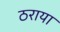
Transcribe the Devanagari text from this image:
ठराया